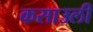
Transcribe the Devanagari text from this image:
कसाउली